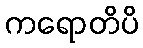
ကရောတိပိ